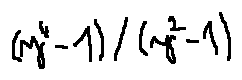
( y ^ { 4 } - 1 ) / ( y ^ { 2 } - 1 )